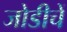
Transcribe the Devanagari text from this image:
जोडीचें